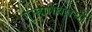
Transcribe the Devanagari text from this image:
गुन्ह्यांविषयी